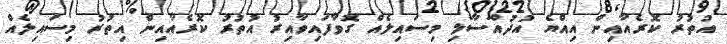
އުތުރު ކޮރެއާއިން އިއްޔެ އުދުއްސާލި މިސައިލެއް ގޮވާފައިވާއިރު އުތުރު ކޮރެއާއިން އިތުރު މިސައިލެއް